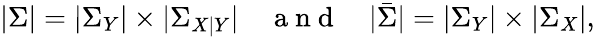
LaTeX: |\Sigma|=|\Sigma_{Y}|\times|\Sigma_{X|Y}|\quad\mathrm{~a~n~d~}\quad|\bar{\Sigma}|=|\Sigma_{Y}|\times|\Sigma_{X}|,